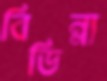
বিভিন্ন্য